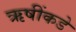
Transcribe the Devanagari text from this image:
ऋषींकडे